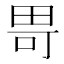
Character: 𪽍